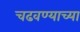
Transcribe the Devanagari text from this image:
चढवण्याच्या